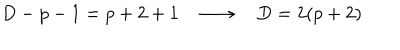
D - p - 1 = p + 2 + 1 \quad \longrightarrow \quad D = 2 ( p + 2 )